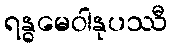
ရန္ဓမေဝါနုပဿီ